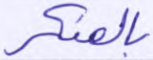
بالمنكر